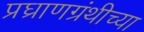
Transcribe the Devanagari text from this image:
प्रघ्राणग्रंथीच्या